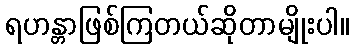
ရဟန္တာဖြစ်ကြတယ်ဆိုတာမျိုးပါ။